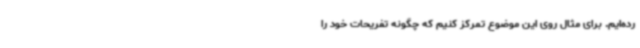
رده‌ایم. برای مثال روی این موضوع تمرکز کنیم که چگونه تفریحات خود را